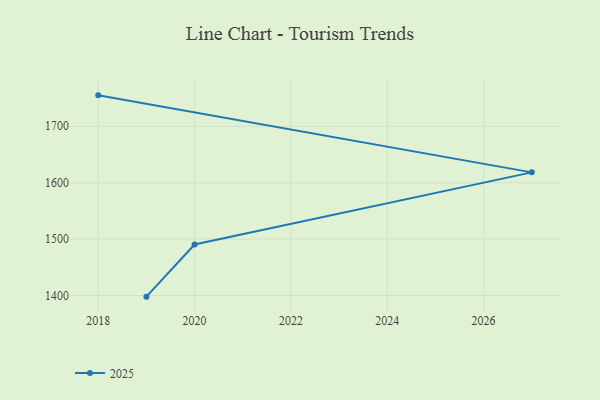
{"axis": {"x": "Year", "y": "Temperature (°C)"}, "legend": ["2025"], "data": [{"x": "2018", "y": 1754.8, "type": "2025"}, {"x": "2027", "y": 1618.3, "type": "2025"}, {"x": "2020", "y": 1490.5, "type": "2025"}, {"x": "2019", "y": 1398.0, "type": "2025"}]}